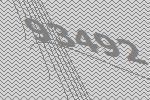
93492